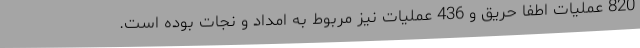
820 عملیات اطفا حریق و 436 عملیات نیز مربوط به امداد و نجات بوده است.